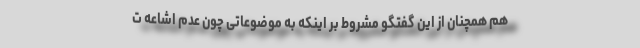
هم همچنان از این گفتگو مشروط بر اینکه به موضوعاتی چون عدم اشاعه ت